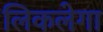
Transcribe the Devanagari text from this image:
लिकलेगा